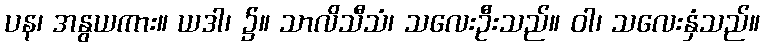
ပန၊ အနွယကား။ ယဒါ၊ ၌။ သာလိသီသံ၊ သလေးဦးသည်။ ဝါ၊ သလေးနှံသည်။